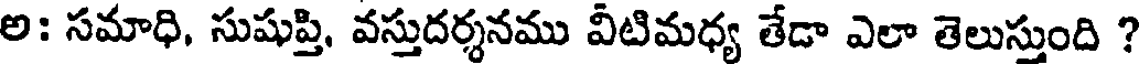
అ: సమాధి, సుషుప్తి, వస్తుదర్శనము వీటిమధ్య తేడా ఎలా తెలుస్తుంది ?